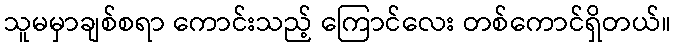
သူမမှာချစ်စရာ ကောင်းသည့် ကြောင်လေး တစ်ကောင်ရှိတယ်။